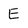
Character: E